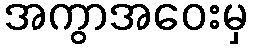
အကွာအဝေးမှ